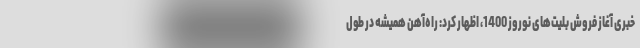
خبری آغاز فروش بلیت‌‌های نوروز 1400، اظهار کرد: راه‌آهن همیشه در طول